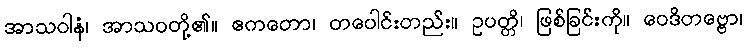
အာသဝါနံ၊ အာသဝတို့၏။ ဧကတော၊ တပေါင်းတည်း။ ဥပတ္တိ၊ ဖြစ်ခြင်းကို။ ဝေဒိတဗ္ဗော၊